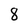
Character: 8